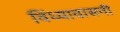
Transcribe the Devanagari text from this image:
विंध्यावासनी